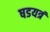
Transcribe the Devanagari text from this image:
षडयत्रं